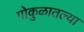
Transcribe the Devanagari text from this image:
गोकुळातल्या